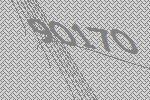
90170